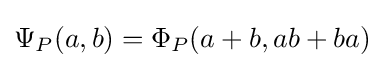
\Psi _{P}(a,b)=\Phi _{P}(a+b,ab+ba)